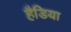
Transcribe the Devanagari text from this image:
हैडिया